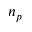
n _ { p }